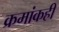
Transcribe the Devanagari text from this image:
क्रमांकही